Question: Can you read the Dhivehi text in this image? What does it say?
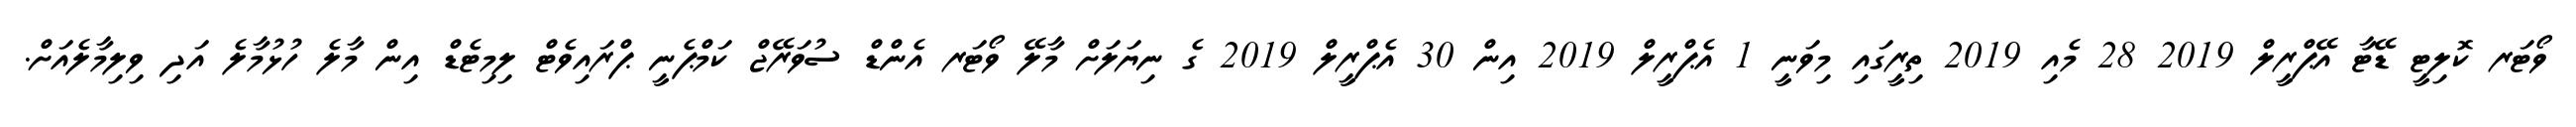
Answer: ވޯޓަރ ކޮލިޓީ ޑޭޓާ އޭޕްރީލް 2019 28 މެއި 2019 ތިރީގައި މިވަނީ 1 އެޕްރީލް 2019 އިން 30 އެޕްރީލް 2019 ގެ ނިޔަލަށް މާލޭ ވޯޓަރ އެންޑް ސުވަރޭޖް ކަމްޕެނީ ޕްރައިވެޓް ލިމިޓެޑް އިން މާލެ ހުޅުމާލެ އަދި ވިލިމާލެއަށް.